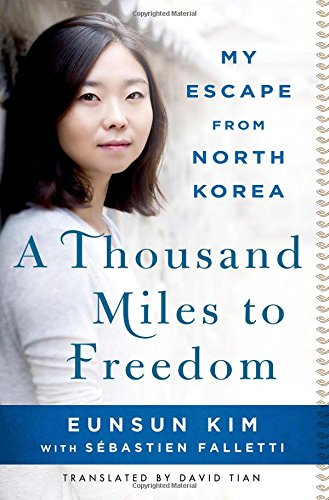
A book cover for A Thousand Miles to Freedom: My Escape from North Korea; Eunsun Kim; Biographies & Memoirs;